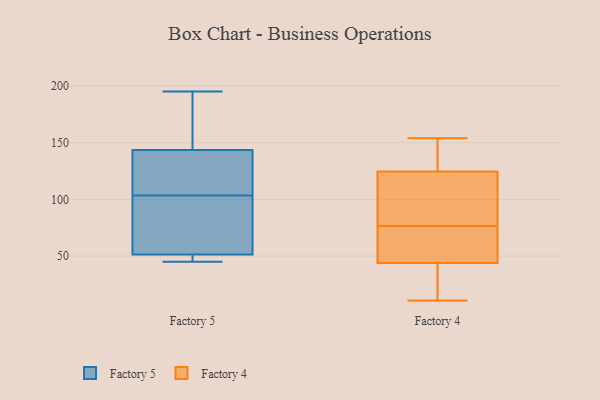
{"axis": {"x": "Shipments", "y": "Value"}, "legend": ["Factory 4", "Factory 5"], "data": [{"x": "", "y": 46, "type": "Factory 5"}, {"x": "", "y": 195, "type": "Factory 5"}, {"x": "", "y": 110, "type": "Factory 5"}, {"x": "", "y": 73, "type": "Factory 5"}, {"x": "", "y": 168, "type": "Factory 5"}, {"x": "", "y": 163, "type": "Factory 5"}, {"x": "", "y": 54, "type": "Factory 5"}, {"x": "", "y": 97, "type": "Factory 5"}, {"x": "", "y": 49, "type": "Factory 5"}, {"x": "", "y": 69, "type": "Factory 5"}, {"x": "", "y": 123, "type": "Factory 5"}, {"x": "", "y": 113, "type": "Factory 5"}, {"x": "", "y": 124, "type": "Factory 5"}, {"x": "", "y": 45, "type": "Factory 5"}, {"x": "", "y": 46, "type": "Factory 5"}, {"x": "", "y": 187, "type": "Factory 5"}, {"x": "", "y": 104, "type": "Factory 4"}, {"x": "", "y": 48, "type": "Factory 4"}, {"x": "", "y": 11, "type": "Factory 4"}, {"x": "", "y": 110, "type": "Factory 4"}, {"x": "", "y": 146, "type": "Factory 4"}, {"x": "", "y": 82, "type": "Factory 4"}, {"x": "", "y": 42, "type": "Factory 4"}, {"x": "", "y": 25, "type": "Factory 4"}, {"x": "", "y": 71, "type": "Factory 4"}, {"x": "", "y": 94, "type": "Factory 4"}, {"x": "", "y": 139, "type": "Factory 4"}, {"x": "", "y": 59, "type": "Factory 4"}, {"x": "", "y": 50, "type": "Factory 4"}, {"x": "", "y": 154, "type": "Factory 4"}, {"x": "", "y": 141, "type": "Factory 4"}, {"x": "", "y": 94, "type": "Factory 4"}, {"x": "", "y": 26, "type": "Factory 4"}, {"x": "", "y": 40, "type": "Factory 4"}, {"x": "", "y": 46, "type": "Factory 4"}, {"x": "", "y": 142, "type": "Factory 4"}]}